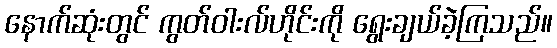
နောက်ဆုံးတွင် ကွတ်ဝါးလ်ဟိုင်းကို ရွေးချယ်ခဲ့ကြသည်။